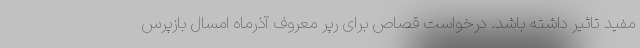
مفید تاثیر داشته باشد. درخواست قصاص برای رپر معروف آذرماه امسال بازپرس